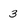
Character: 3